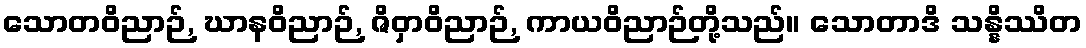
သောတဝိညာဉ်, ဃာနဝိညာဉ်, ဇိဝှာဝိညာဉ်, ကာယဝိညာဉ်တို့သည်။ သောတာဒိ သန္နိဿိတ